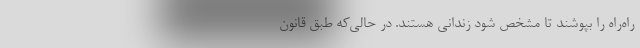
راه‌راه را بپوشند تا مشخص شود زندانی هستند. در حالی‌که طبق قانون